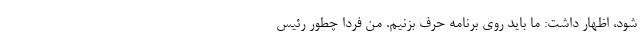
شود، اظهار داشت: ما باید روی برنامه حرف بزنیم. من فردا چطور رئیس